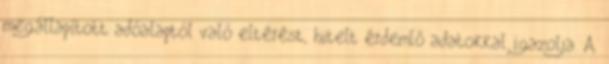
megállapított adóalaptól való eltérést, hitelt érdemlő adatokkal igazolja. A